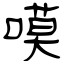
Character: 嗼